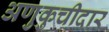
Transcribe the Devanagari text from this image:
अणुकुचीदार